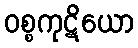
ဝစ္စကုဋိယော